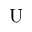
\mathrm { U }